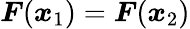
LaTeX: \boldsymbol{F}(\boldsymbol{x}_{1})=\boldsymbol{F}(\boldsymbol{x}_{2})